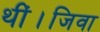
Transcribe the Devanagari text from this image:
थीं।जिवा